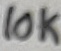
Text: 10K